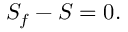
S _ { f } - S = 0 .